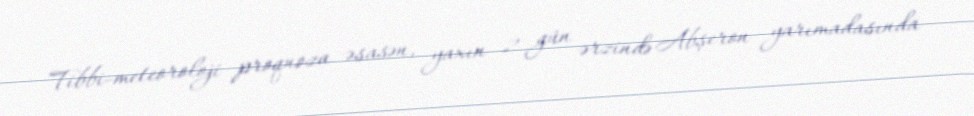
Tibbi-meteoroloji proqnoza əsasən, yaxın 2 gün ərzində Abşeron yarımadasında